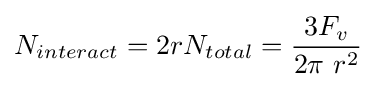
N_{interact}=2rN_{total}={\frac {3F_{v}}{2\pi \ r^{2}}}